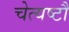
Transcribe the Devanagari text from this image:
चेत्यष्टौ